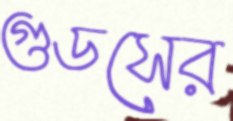
গুডসের